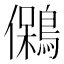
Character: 䳰